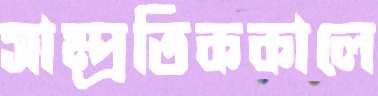
সাম্প্রতিককালে